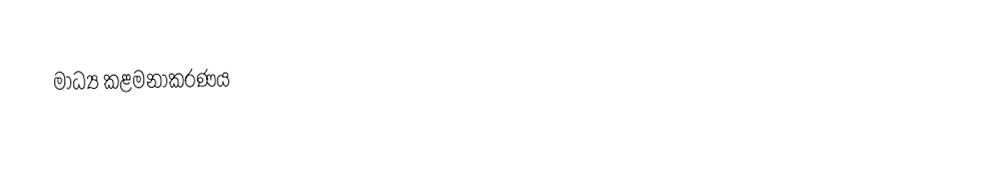
මාධ්‍ය කළමනාකරණය